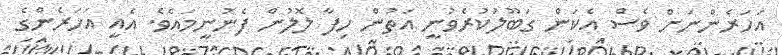
އަހަރެންނަށް ވެސް އެކަން ގަބޫލުކުރެވުނީ އަތުން ހިފާ ލޮލުން ފެނުނީމައެވެ. އެއީ އަހަރެންގެ